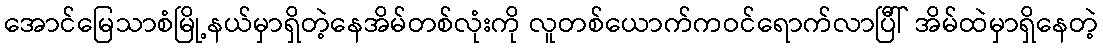
အောင်မြေသာစံမြို့နယ်မှာရှိတဲ့နေအိမ်တစ်လုံးကို လူတစ်ယောက်ကဝင်ရောက်လာပြီါ် အိမ်ထဲမှာရှိနေတဲ့